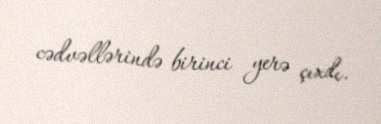
cədvəllərində birinci yerə çıxdı.